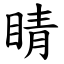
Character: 睛